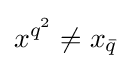
x^{q^{2}}\neq x_{\bar {q}}